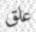
علق